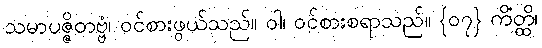
သမာပဇ္ဇိတဗ္ဗံ၊ ဝင်စားဖွယ်သည်။ ဝါ၊ ဝင်စားစရာသည်။ {၀၇} ကိံတ္ထိ၊